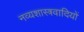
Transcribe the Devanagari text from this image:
नव्यशास्त्रवादियों